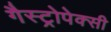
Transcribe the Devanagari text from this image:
गैस्ट्रोपेक्सी